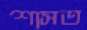
শাসত